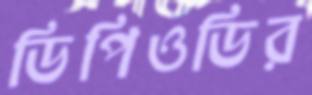
ডিপিওডির